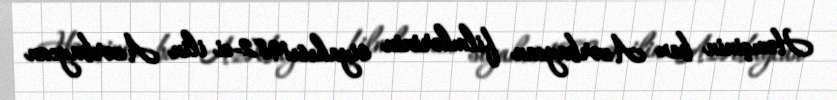
Həmçinin bax Azərbaycan filmlərinin siyahısı1982-ci ilin Azərbaycan